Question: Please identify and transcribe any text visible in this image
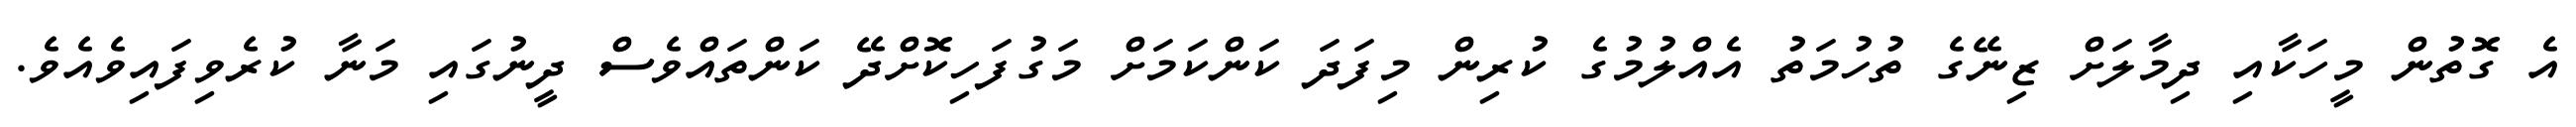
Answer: އެ ގޮތުން މީހަކާއި ދިމާލަށް ޒިނޭގެ ތުހުމަތު އެއްލުމުގެ ކުރިން މިފަދަ ކަންކަމަށް މަގުފަހިކޮށްދޭ ކަންތައްވެސް ދީނުގައި މަނާ ކުރެވިފައިވެއެވެ.